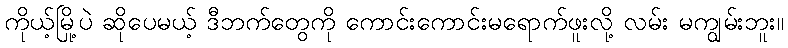
ကိုယ့်မြို့ပဲ ဆိုပေမယ့် ဒီဘက်တွေကို ကောင်းကောင်းမရောက်ဖူးလို့ လမ်း မကျွမ်းဘူး။